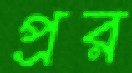
প্রর